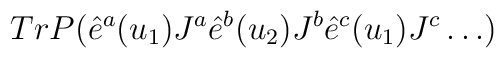
TrP(\hat{e}^a(u_1)J^a\hat{e}^b(u_2)J^b\hat{e}^c(u_1)J^c\dots )